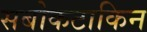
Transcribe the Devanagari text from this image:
सबोकटाकिन